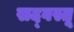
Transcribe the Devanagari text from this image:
सद्‌वस्तू